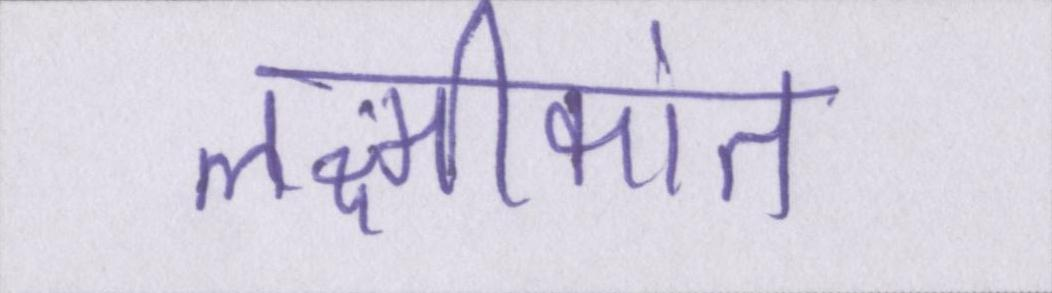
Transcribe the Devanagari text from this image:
लक्ष्मीकांत